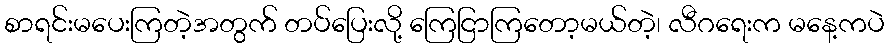
စာရင်းမပေးကြတဲ့အတွက် တပ်ပြေးလို့ ကြေငြာကြတော့မယ်တဲ့၊ လီဂရေးက မနေ့ကပဲ